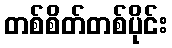
တစ်စိတ်တစ်ပိုင်း